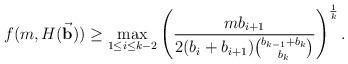
LaTeX: \begin{align*}f(m,H(\vec{\bf b}))\ge\max_{1\le i \le k-2}\left({\frac{mb_{i+1}}{2(b_i+b_{i+1})\binom{b_{k-1}+b_k}{b_k}}}\right)^{\frac 1k}.\end{align*}